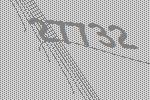
27732